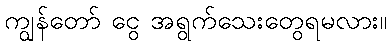
ကျွန်တော် ငွေ အရွက်သေးတွေရမလား။